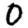
Digit: 0